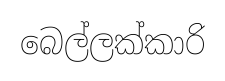
බෙල්ලක්කාරි